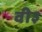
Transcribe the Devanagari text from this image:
वी३